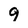
Character: 9